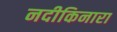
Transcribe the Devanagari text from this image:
नदीकिनारा